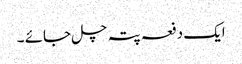
ایک دفعہ پتہ چل جائے ۔